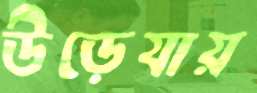
উড়েযায়